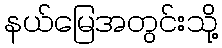
နယ်မြေအတွင်းသို့